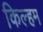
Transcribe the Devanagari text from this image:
किल्हम